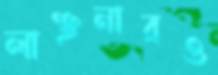
লাঞ্ছনারও